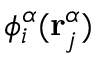
\phi _ { i } ^ { \alpha } ( \mathbf { r } _ { j } ^ { \alpha } )